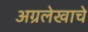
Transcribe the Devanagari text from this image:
अग्रलेखाचे